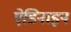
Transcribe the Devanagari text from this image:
ऐडिनाइन